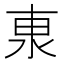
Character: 𰛕